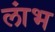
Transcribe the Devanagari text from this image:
लांभ